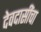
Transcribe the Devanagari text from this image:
देवदासींचा